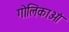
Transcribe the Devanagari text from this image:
गोलिकाओं